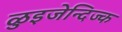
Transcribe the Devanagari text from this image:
ळुइजेन्दिज्क